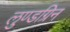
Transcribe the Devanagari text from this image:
लुण्डग्रिन